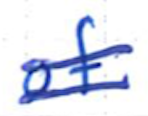
Text: of
Cross-out: double-line
Writing tool: ballpoint